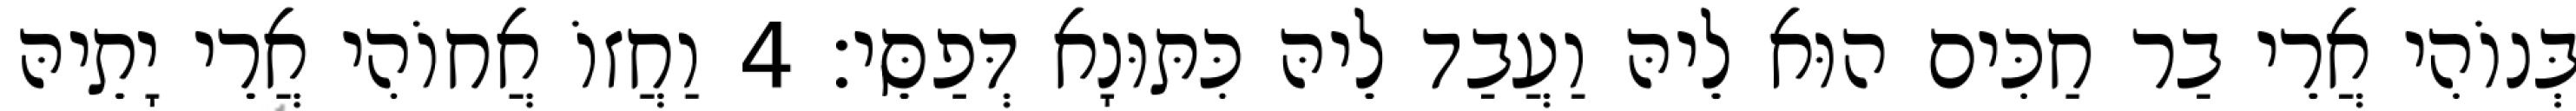
בְּנוֹהִי אֲרֵי בַר חַכִּים הוּא לֵיהּ וַעֲבַד לֵיהּ כִּתּוּנָא דְּפַסֵּי׃ 4 וַחֲזוֹ אֲחוֹהִי אֲרֵי יָתֵיהּ